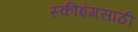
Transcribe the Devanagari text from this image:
स्कीइंगसाठी